Scottish Leaving Certificate Examination, 1960
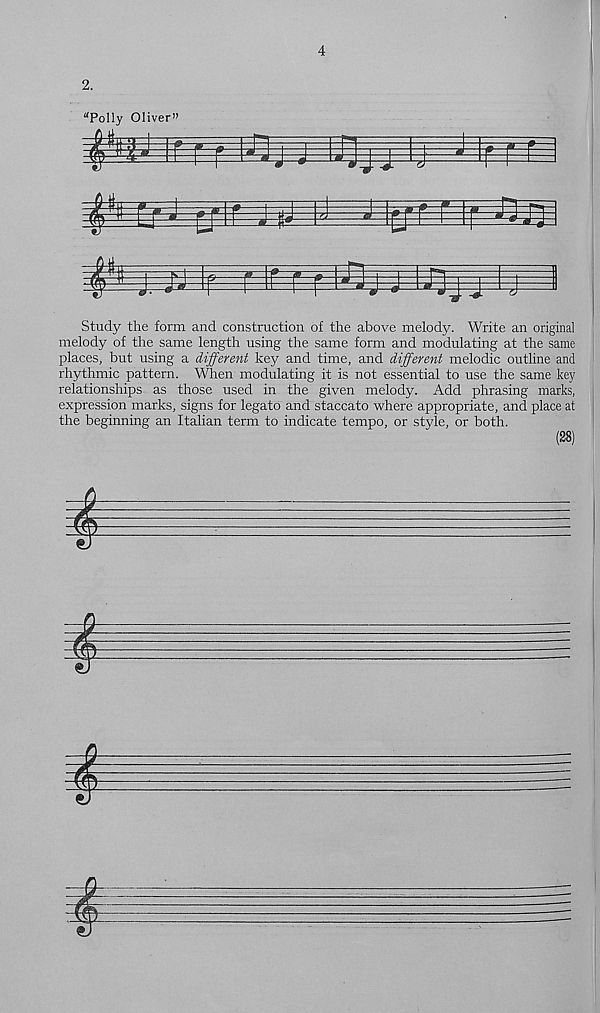
4
Study the form and construction of the above melody. Write an original
melody of the same length using the same form and modulating at the same
places, but using a different key and time, and different melodic outline and
rhythmic pattern. When modulating it is not essential to use the same key
relationships as those used in the given melody. Add phrasing marks,
expression marks, signs for legato and staccato where appropriate, and place at
the beginning an Italian term to indicate tempo, or style, or both.
(28)